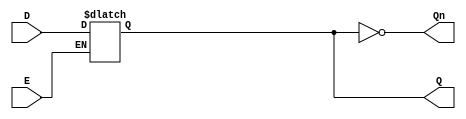
module latch_register (
    input wire D,      // Data Input
    input wire E,      // Enable signal
    output reg Q,      // Output Q
    output wire Qn     // Complement of Q (not Q)
);

// Assign the complement of Q
assign Qn = ~Q;

// Latch behavior
always @(*) begin
    if (E) begin
        Q = D;  // Capture the input data when Enable is high
    end
    // If E is low, Q retains its previous state (no assignment needed)
end

endmodule